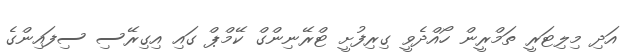
އަދި މިލިޓަރީ ތަމްރީން ހޯއްދެވީ ގިރިފުށީ ޓްރޭނިންގް ކޭމްޕް ގައި އިގިރޭސި ސިފައިންގެ